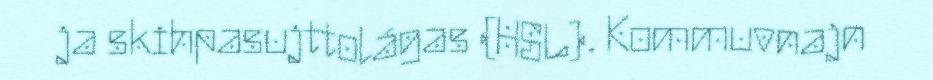
ja skihpasujttolágas (HSL). Kommuvnajn